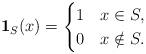
LaTeX: \begin{align*} \mathbf 1_S(x)= \begin{cases} 1\quad x\in S,\\ 0\quad x\notin S. \end{cases} \end{align*}